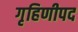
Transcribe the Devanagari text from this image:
गृहिणीपद